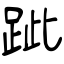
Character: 跐